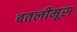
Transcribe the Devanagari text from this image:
बतलीमूस